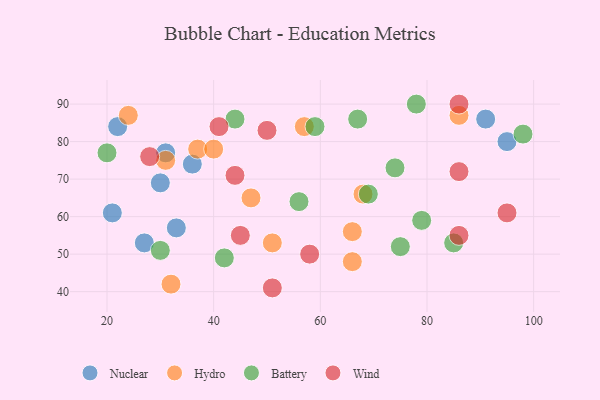
{"axis": {"x": "GDP", "y": "Life Expectancy"}, "legend": ["Battery", "Hydro", "Nuclear", "Wind"], "data": [{"x": "27", "y": 53, "type": "Nuclear"}, {"x": "33", "y": 57, "type": "Nuclear"}, {"x": "91", "y": 86, "type": "Nuclear"}, {"x": "21", "y": 61, "type": "Nuclear"}, {"x": "31", "y": 77, "type": "Nuclear"}, {"x": "36", "y": 74, "type": "Nuclear"}, {"x": "30", "y": 69, "type": "Nuclear"}, {"x": "95", "y": 80, "type": "Nuclear"}, {"x": "22", "y": 84, "type": "Nuclear"}, {"x": "66", "y": 56, "type": "Hydro"}, {"x": "47", "y": 65, "type": "Hydro"}, {"x": "66", "y": 48, "type": "Hydro"}, {"x": "51", "y": 53, "type": "Hydro"}, {"x": "86", "y": 87, "type": "Hydro"}, {"x": "31", "y": 75, "type": "Hydro"}, {"x": "37", "y": 78, "type": "Hydro"}, {"x": "57", "y": 84, "type": "Hydro"}, {"x": "24", "y": 87, "type": "Hydro"}, {"x": "68", "y": 66, "type": "Hydro"}, {"x": "40", "y": 78, "type": "Hydro"}, {"x": "32", "y": 42, "type": "Hydro"}, {"x": "85", "y": 53, "type": "Battery"}, {"x": "20", "y": 77, "type": "Battery"}, {"x": "30", "y": 51, "type": "Battery"}, {"x": "79", "y": 59, "type": "Battery"}, {"x": "67", "y": 86, "type": "Battery"}, {"x": "44", "y": 86, "type": "Battery"}, {"x": "59", "y": 84, "type": "Battery"}, {"x": "56", "y": 64, "type": "Battery"}, {"x": "78", "y": 90, "type": "Battery"}, {"x": "98", "y": 82, "type": "Battery"}, {"x": "74", "y": 73, "type": "Battery"}, {"x": "69", "y": 66, "type": "Battery"}, {"x": "75", "y": 52, "type": "Battery"}, {"x": "42", "y": 49, "type": "Battery"}, {"x": "41", "y": 84, "type": "Wind"}, {"x": "50", "y": 83, "type": "Wind"}, {"x": "58", "y": 50, "type": "Wind"}, {"x": "86", "y": 72, "type": "Wind"}, {"x": "28", "y": 76, "type": "Wind"}, {"x": "44", "y": 71, "type": "Wind"}, {"x": "51", "y": 41, "type": "Wind"}, {"x": "86", "y": 55, "type": "Wind"}, {"x": "45", "y": 55, "type": "Wind"}, {"x": "86", "y": 90, "type": "Wind"}, {"x": "95", "y": 61, "type": "Wind"}]}